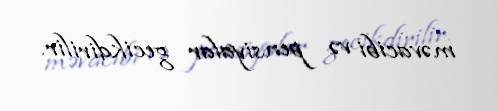
məvacibi və pensiyalar gecikdirilir.